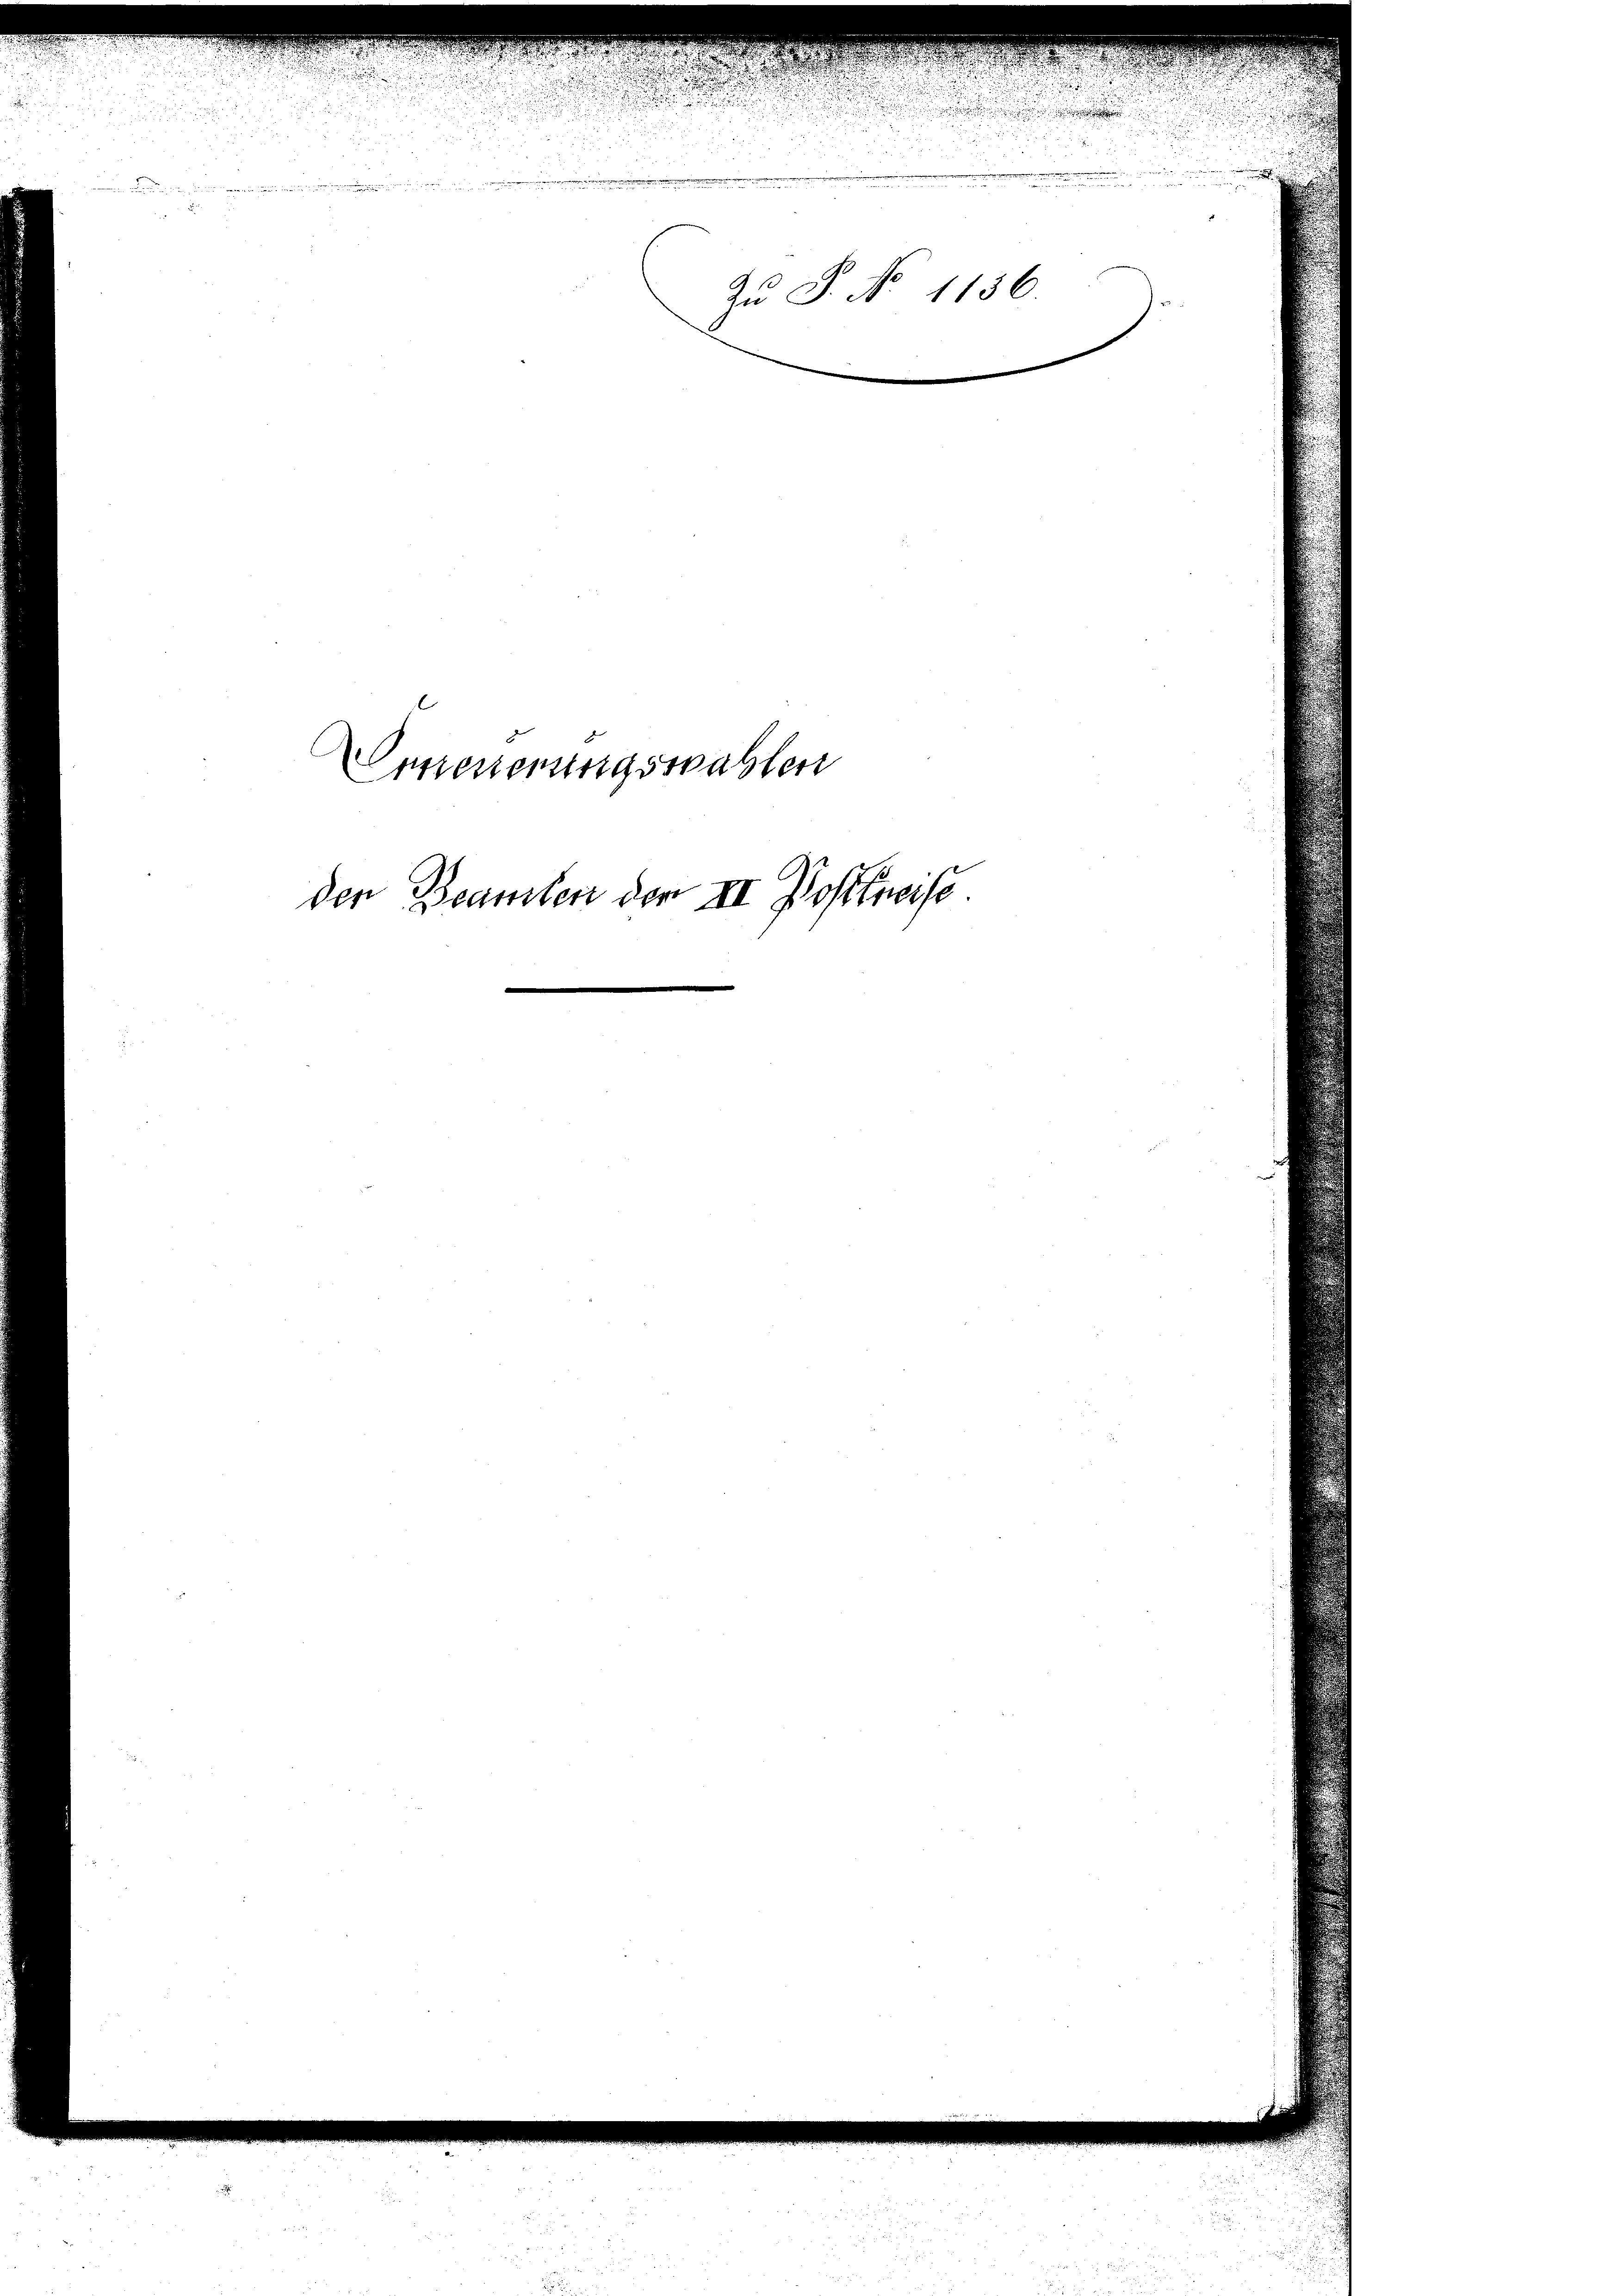
Zu P. No 1136

Ersteuerungswahlen

den Beamter der III Postkneise